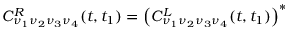
C _ { \nu _ { 1 } \nu _ { 2 } \nu _ { 3 } \nu _ { 4 } } ^ { R } ( t , t _ { 1 } ) = \left( C _ { \nu _ { 1 } \nu _ { 2 } \nu _ { 3 } \nu _ { 4 } } ^ { L } ( t , t _ { 1 } ) \right) ^ { * }